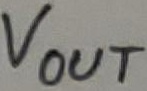
Text: VOUT